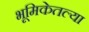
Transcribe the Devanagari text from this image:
भूमिकेतल्या